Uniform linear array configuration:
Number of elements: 4
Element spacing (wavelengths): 0.25
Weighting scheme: exponential
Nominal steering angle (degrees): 60
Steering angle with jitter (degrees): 60.941
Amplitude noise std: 0.05
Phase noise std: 0.05

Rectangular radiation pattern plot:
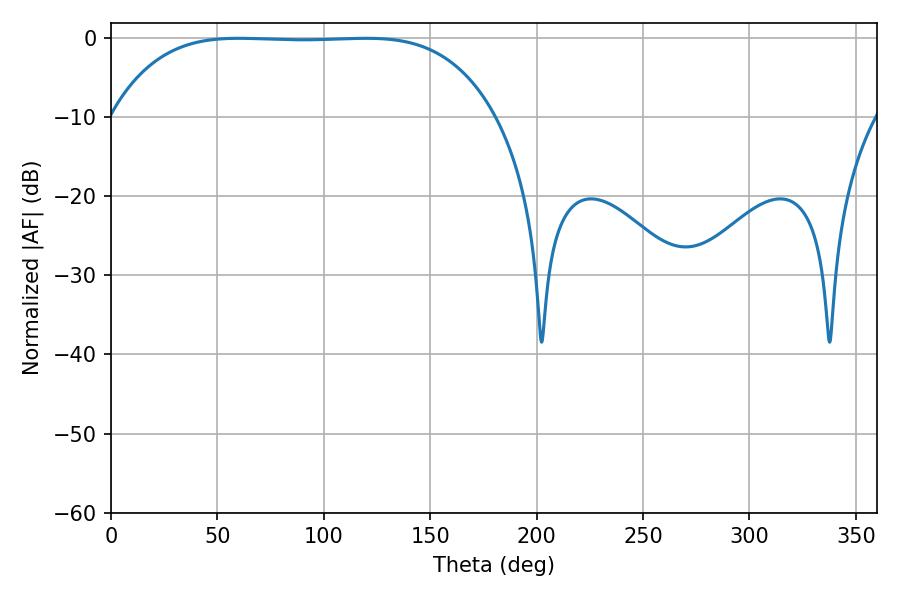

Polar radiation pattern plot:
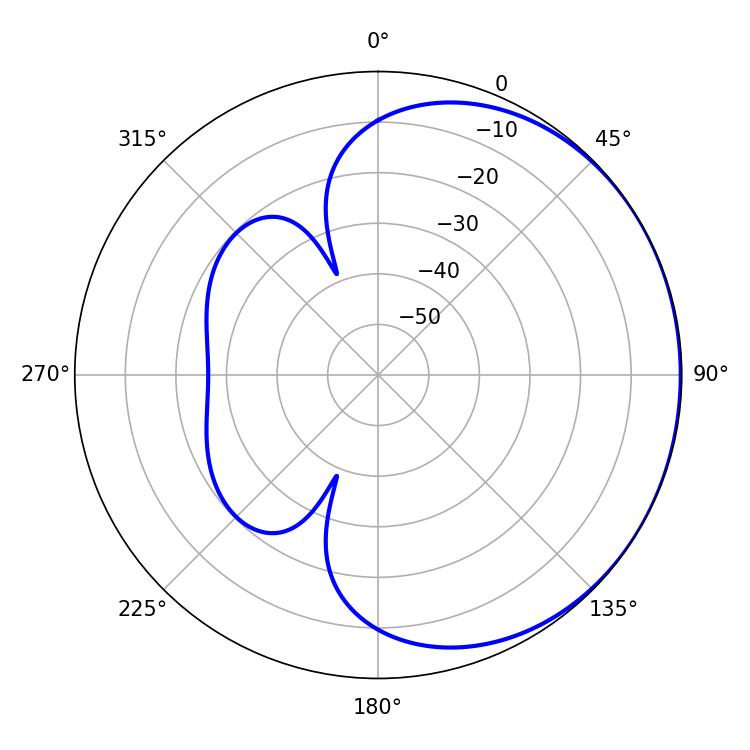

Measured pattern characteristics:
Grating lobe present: FALSE
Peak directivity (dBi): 0.5197
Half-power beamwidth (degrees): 139.32
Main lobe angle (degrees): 59.94